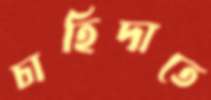
চাহিদাতে